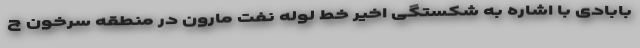
بابادی با اشاره به شکستگی اخیر خط لوله نفت مارون در منطقه سرخون چ